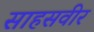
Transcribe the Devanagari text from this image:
साहसवीर